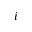
i